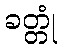
ခတ္တုံ